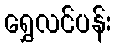
ရွှေလင်ပန်း